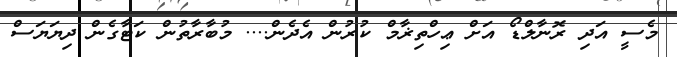
މެސީ އަދި ރޮނާލްޑޯ އަށް ޢިހްތިޜާމް ކުރުން އެދެން.... މުބާރާތުން ކަޓާގެން ދިޔަޔަސް